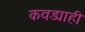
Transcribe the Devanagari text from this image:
कवड्याही